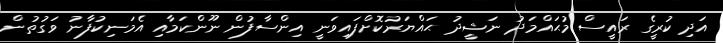
އަދި ކުރީގެ ރައީސް މުޙައްމަދު ނަޝީދު ޙައްޔަރުކޮށްފައިވަނީ އިންސާފުން ނޫންކަމާއި އެމަނިކުފާނު ވަގުތުން